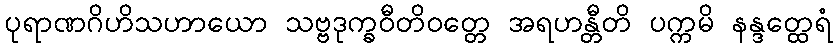
ပုရာဏဂိဟိသဟာယော သဗ္ဗဒုက္ခဝီတိဝတ္တေ အရဟန္တီတိ ပက္ကမိ နန္ဒတ္ထေရံ